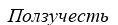
Ползучесть